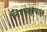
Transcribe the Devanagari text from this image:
निश्पक्षपात